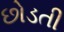
છોડતી